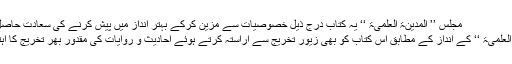
مجلس ’’ المدینۃ العلمیۃ ‘‘ یہ کتاب درج ذیل خصوصیات سے مزین کرکے بہتر انداز میں پیش کرنے کی سعادت حاصل کر رہی ہے :
٭… ’’ المدینۃ العلمیۃ ‘‘ کے انداز کے مطابق اس کتاب کو بھی زیور ِتخریج سے آراستہ کرتے ہوئے احادیث و روایات کی مقدور بھر تخریج کا اہتمام کیا گیاہے ۔